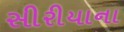
સીરીયાના